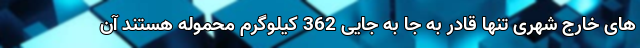
های خارج شهری تنها قادر به جا به جایی 362 کیلوگرم محموله هستند آن